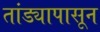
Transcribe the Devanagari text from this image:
तांड्यापासून